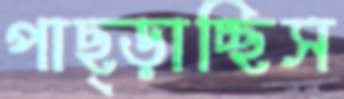
পাছ্‌ড়াচ্ছিস